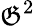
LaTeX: \mathfrak{G}^{2}